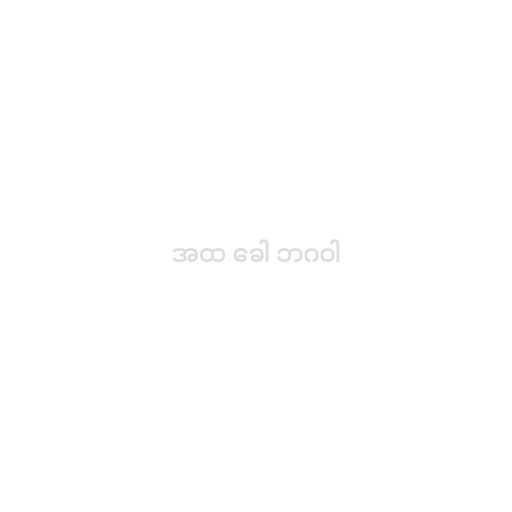
အထ ခေါ ဘဂဝါ